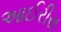
આઈરીસ